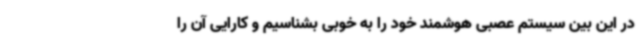
در این بین سیستم عصبی هوشمند خود را به خوبی بشناسیم و کارایی آن را